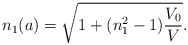
\begin{align*} n_1(a)= \sqrt{1+ (n_1^2-1)\frac{V_0}{V}}.\end{align*}